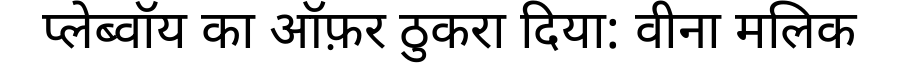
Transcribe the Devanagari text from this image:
प्लेब्वॉय का ऑफ़र ठुकरा दिया: वीना मलिक